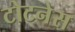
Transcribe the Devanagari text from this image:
टोटनेस